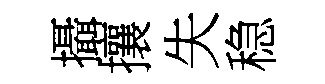
攝攘失稳